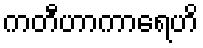
ကတီဟာကာရေဟိ